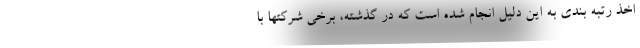
اخذ رتبه بندی به این دلیل انجام شده است که در گذشته، برخی شرکتها با